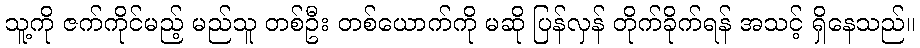
သူ့ကို ဇက်ကိုင်မည့် မည်သူ တစ်ဦး တစ်ယောက်ကို မဆို ပြန်လှန် တိုက်ခိုက်ရန် အသင့် ရှိနေသည်။